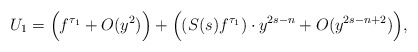
\begin{align*}U_{1}=\Big(f^{\tau_1}+O(y^2)\Big)+\Big((S(s)f^{\tau_1})\cdot y^{2s-n}+O(y^{2s-n+2})\Big),\end{align*}